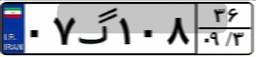
۰۷گ۱۰۸۳۶